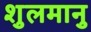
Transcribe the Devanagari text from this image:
शुलमानु